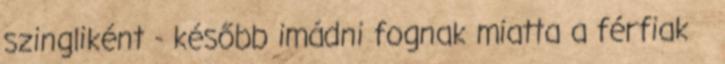
szingliként - később imádni fognak miatta a férfiak